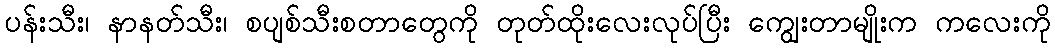
ပန်းသီး၊ နာနတ်သီး၊ စပျစ်သီးစတာတွေကို တုတ်ထိုးလေးလုပ်ပြီး ကျွေးတာမျိုးက ကလေးကို